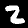
Label: 2